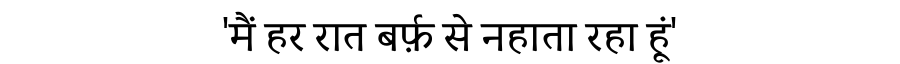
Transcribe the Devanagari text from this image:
'मैं हर रात बर्फ़ से नहाता रहा हूं'